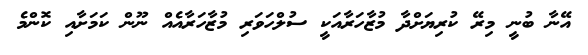
އޭނާ ބުނީ މިރޭ ކުރިޔަށްދާ މުޒާހަރާއަކީ ސުލްހަވަރި މުޒާހަރާއެއް ނޫން ކަމަށާއި ކޮންމެ